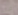
خيال